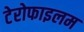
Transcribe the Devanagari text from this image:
टेरोफाइलम